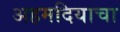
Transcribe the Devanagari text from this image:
अहमदियाचा